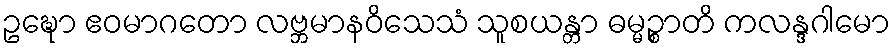
ဥဍ္ဎော ဧဝမာဂတော လဗ္ဘမာနဝိသေသံ သူစယန္တာ ဓမ္မဉ္စာတိ ကလန္ဒဂါမော